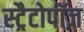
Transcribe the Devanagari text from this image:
स्ट्रैटोपॉज़